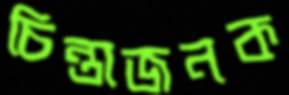
চিন্তাজনক